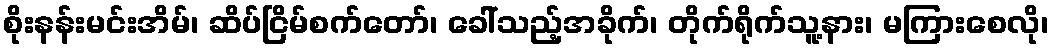
စိုးနန်းမင်းအိမ်၊ ဆိပ်ငြိမ်စက်တော်၊ ခေါ်သည့်အခိုက်၊ တိုက်ရိုက်သူ့နား၊ မကြားစေလို၊